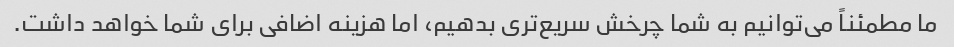
ما مطمئناً می‌توانیم به شما چرخش سریع‌تری بدهیم، اما هزینه اضافی برای شما خواهد داشت.